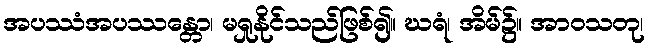
အပဿံအပဿန္တော၊ မရှုနိုင်သည်ဖြစ်၍။ ဃရံ၊ အိမ်၌။ အာဝသတု၊